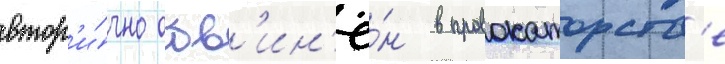
втор'и́чно обв'ин'ё́н в провокаторств'е